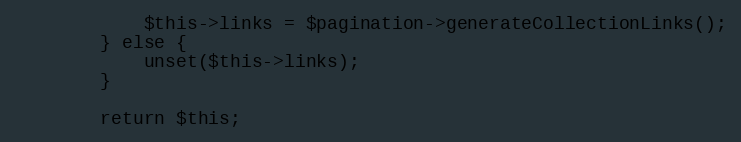
Language: PHP
            $this->links = $pagination->generateCollectionLinks();
        } else {
            unset($this->links);
        }

        return $this;